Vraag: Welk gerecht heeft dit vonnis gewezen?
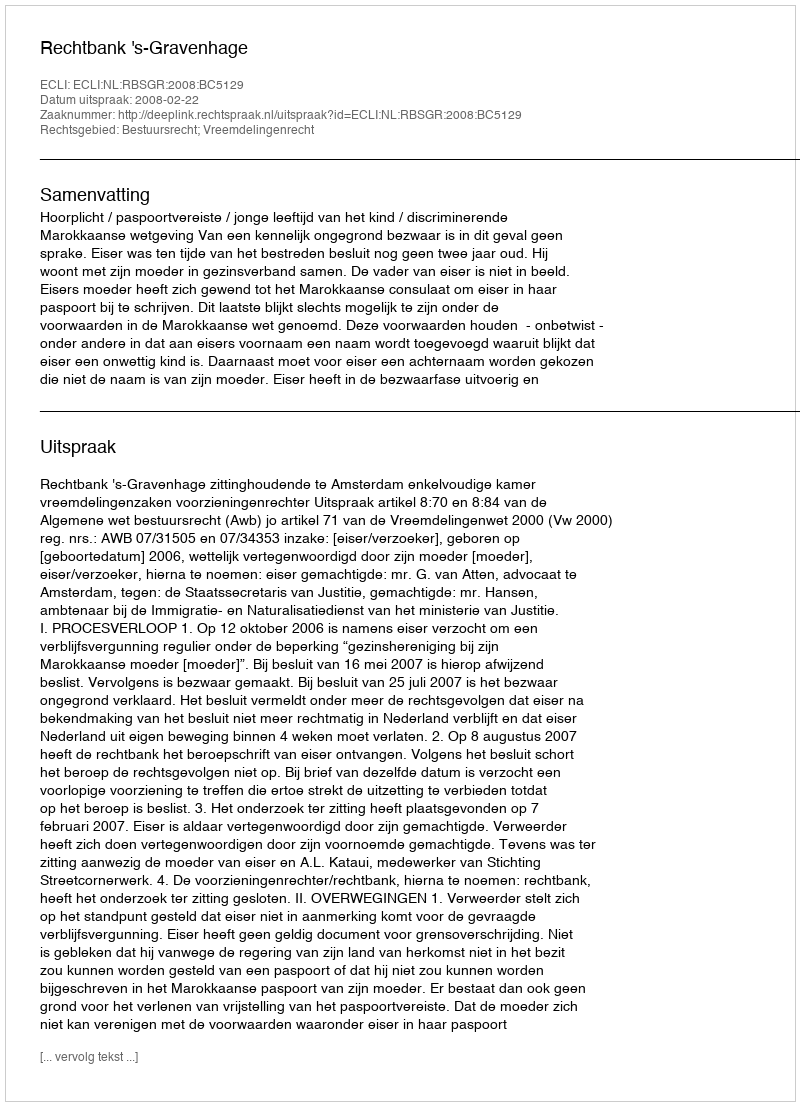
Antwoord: Rechtbank 's-Gravenhage